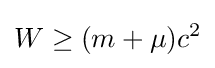
W\geq (m+\mu )c^{2}